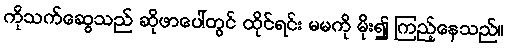
ကိုသက်ဆွေသည် ဆိုဖာပေါ်တွင် ထိုင်ရင်း မမကို မိုး၍ ကြည့်နေသည်။